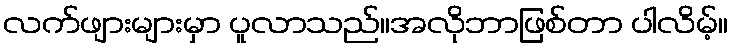
လက်ဖျားများမှာ ပူလာသည်။အလိုဘာဖြစ်တာ ပါလိမ့်။